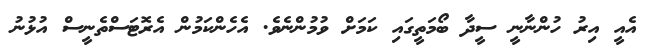
އެއީ އިރު ހުންނާނީ ސީދާ ބޯމަތީގައި ކަމަށް ވުމުންނެވެ. އެހެންކަމުން އެރޮޓަސްތެނީސް އުޅުނު